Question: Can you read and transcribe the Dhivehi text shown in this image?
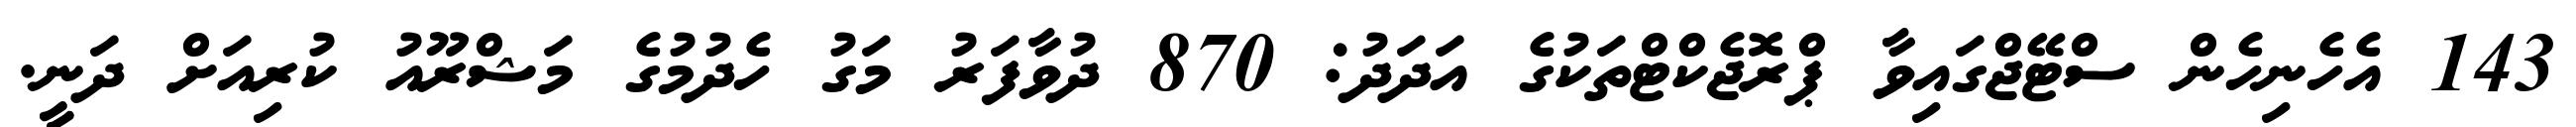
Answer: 143 އެހެނިހެން ސްޓޭޖްގައިވާ ޕްރޮޖެކްޓްތަކުގެ އަދަދު: 870 ދުވާފަރު މަގު ހެދުމުގެ މަޝްރޫއު ކުރިއަށް ދަނީ.